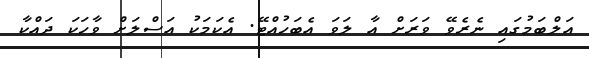
އަލްބަމުގައި ނެރެވޭ ވަރަށް އާ ލަވަ އެބަހުއްޓޭ. އެކަމަކު އަސްލަށް ވާހަކަ ދައްކާ